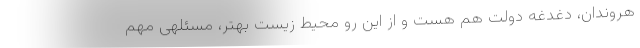
هروندان، دغدغه دولت هم هست و از این رو محیط زیستِ بهتر، مسئلهی مهم